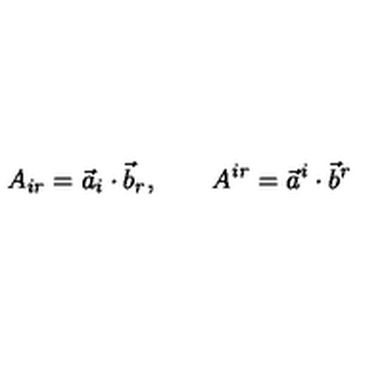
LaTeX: A _ { i r } = \vec { a } _ { i } \cdot \vec { b } _ { r } , \qquad A ^ { i r } = \vec { a } ^ { i } \cdot \vec { b } ^ { r }